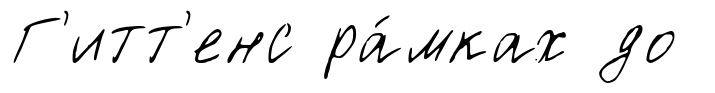
Г'итт'енс ра́мках до